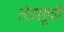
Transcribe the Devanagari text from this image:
तंत्रसूची